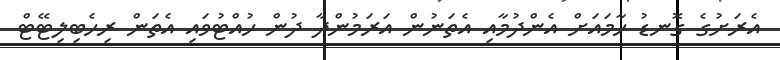
އެރަށުގެ ގޮނޑު ހާމައަށް އެންދުމާއި އެތަނުން އަރަމުންދާ ދުން ހުއްޓުވައި އެތަން ރިހެބިލިޓޭޓް